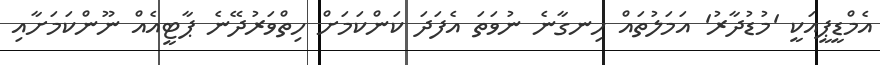
އެމްޑީޕީއަކީ 'މުޑުދާރު' އަމަލުތައް ހިނގާނެ ނުވަތަ އެފަދަ ކަންކަމަށް ހިތްވަރުދޭނެ ޕާޓީއެއް ނޫންކަމަށާއި